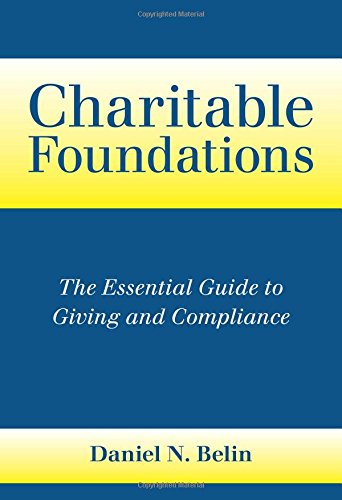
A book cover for Charitable Foundations: The Essential Guide to Giving and Compliance; Daniel N. Belin; Politics & Social Sciences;